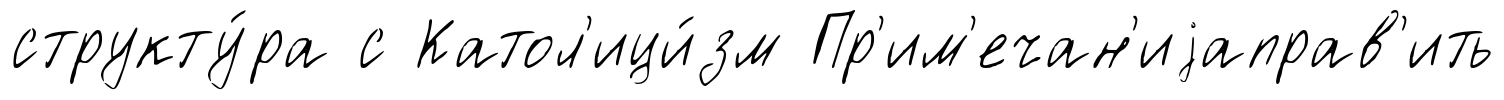
структу́ра с Катол'ици́зм Пр'им'ечан'иjаправ'ить